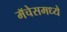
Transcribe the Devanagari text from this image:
मॅचेसमध्ये